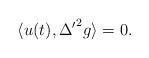
LaTeX: \begin{align*}\langle u (t) , {\Delta'}^2 g\rangle = 0.\end{align*}